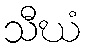
သီဃံ